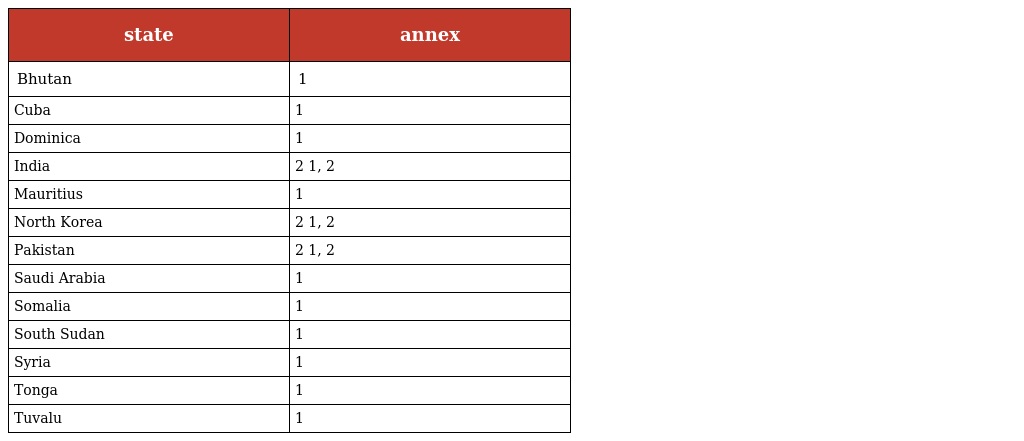
| state | annex |
 | --- | --- |
 | Bhutan | 1 |
 | Cuba | 1 |
 | Dominica | 1 |
 | India | 2 1, 2 |
 | Mauritius | 1 |
 | North Korea | 2 1, 2 |
 | Pakistan | 2 1, 2 |
 | Saudi Arabia | 1 |
 | Somalia | 1 |
 | South Sudan | 1 |
 | Syria | 1 |
 | Tonga | 1 |
 | Tuvalu | 1 |